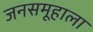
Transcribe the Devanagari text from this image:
जनसमूहाला